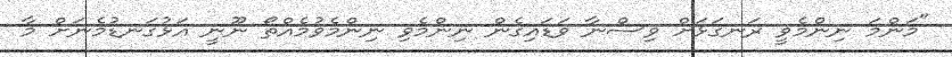
"މަންމަ ނިންމެވީ ރަނގަޅަށް ވިސްނާ ވަޑައިގެން ނިންމެވި ނިންމެވުމެއްތޯ ނޫނީ އަޅުގަނޑުމެނަށް މާ